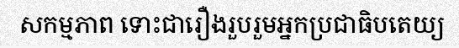
សកម្មភាព ទោះជារឿងរួបរួមអ្នកប្រជាធិបតេយ្យ